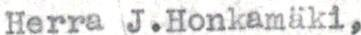
Herra J.Honkamäki,